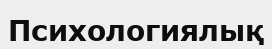
Психологиялық